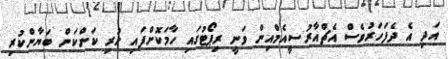
އަދި އެ ދެފަހަރުވެސް އެޗްއާރުސީއެމްއިން ވަނީ ރިޕޯޓުގައި ހާމަކޮށްފައި ހުރި ކަންކަން ބަޔާންކުރި